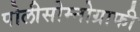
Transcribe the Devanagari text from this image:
पोलीसोम्नोग्राफी